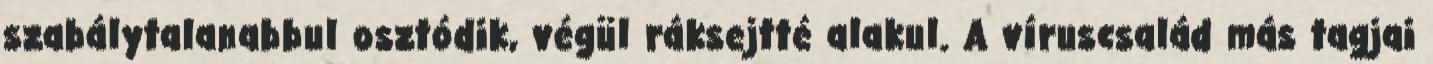
szabálytalanabbul osztódik, végül ráksejtté alakul. A víruscsalád más tagjai